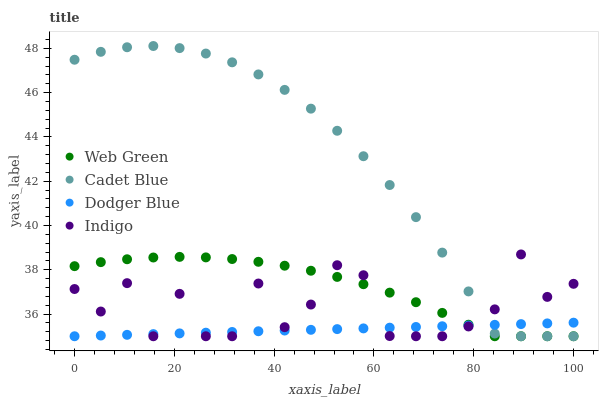
| xaxis_label | Web Green | Cadet Blue | Dodger Blue | Indigo |
 | --- | --- | --- | --- | --- |
 | 0 | 38.2 | 47.5 | 35 | 37.1 |
 | 5.26 | 38.3 | 47.8 | 35 | 36.1 |
 | 10.5 | 38.5 | 48 | 35.1 | 37.4 |
 | 15.8 | 38.6 | 48.1 | 35.1 | 35 |
 | 21.1 | 38.6 | 48 | 35.1 | 36.9 |
 | 26.3 | 38.6 | 47.8 | 35.2 | 35 |
 | 31.6 | 38.5 | 47.4 | 35.2 | 35 |
 | 36.8 | 38.4 | 46.8 | 35.2 | 37.4 |
 | 42.1 | 38.2 | 46.1 | 35.3 | 35.4 |
 | 47.4 | 38 | 45.3 | 35.3 | 36.4 |
 | 52.6 | 37.7 | 44.3 | 35.3 | 38.2 |
 | 57.9 | 37.3 | 43.1 | 35.4 | 37.8 |
 | 63.2 | 37 | 41.8 | 35.4 | 35 |
 | 68.4 | 36.5 | 40.4 | 35.4 | 35 |
 | 73.7 | 36.1 | 38.8 | 35.5 | 35 |
 | 78.9 | 35.5 | 37 | 35.5 | 35.4 |
 | 84.2 | 35 | 35.1 | 35.5 | 36.2 |
 | 89.5 | 35 | 35 | 35.5 | 38.7 |
 | 94.7 | 35 | 35 | 35.6 | 36.8 |
 | 100 | 35 | 35 | 35.6 | 37.4 |